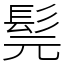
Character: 髨